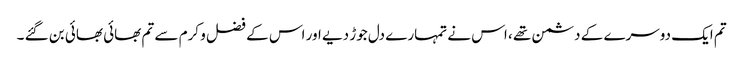
تم ایک دوسرے کے دشمن تھے ، اس نے تمہارے دل جوڑ دیے اور اس کے فضل و کرم سے تم بھائی بھائی بن گئے ۔